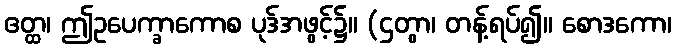
ဧတ္ထ၊ ဤဥပေက္ခာကောစ ပုဒ်အဖွင့်၌။ (ဌတွာ၊ တန့်ရပ်၍။ စောဒကော၊